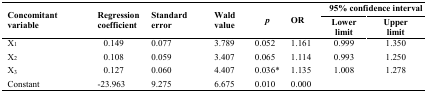
<table><thead><tr><td rowspan="2"><b>Concomitant variable</b></td><td rowspan="2"><b>Regression coefficient</b></td><td rowspan="2"><b>Standard error</b></td><td rowspan="2"><b>Wald value</b></td><td rowspan="2"><b><i>p</i></b></td><td rowspan="2"><b>OR</b></td><td colspan="2"><b>95% confidence interval</b></td></tr><tr><td><b>Lowerlimit</b></td><td><b>Upperlimit</b></td></tr></thead><tbody><tr><td>X<sub>1</sub></td><td>0.149</td><td>0.077</td><td>3.789</td><td>0.052</td><td>1.161</td><td>0.999</td><td>1.350</td></tr><tr><td>X<sub>2</sub></td><td>0.108</td><td>0.059</td><td>3.407</td><td>0.065</td><td>1.114</td><td>0.993</td><td>1.250</td></tr><tr><td>X<sub>3</sub></td><td>0.127</td><td>0.060</td><td>4.407</td><td>0.036*</td><td>1.135</td><td>1.008</td><td>1.278</td></tr><tr><td>Constant</td><td>-23.963</td><td>9.275</td><td>6.675</td><td>0.010</td><td>0.000</td><td></td><td></td></tr></tbody></table>